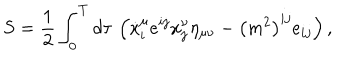
S = \frac 1 2 \int _ { 0 } ^ { T } d \tau \, \left( \dot { x } _ { i } ^ { \mu } e ^ { i j } \dot { x } _ { j } ^ { \nu } \eta _ { \mu \nu } - \left( m ^ { 2 } \right) ^ { i j } e _ { i j } \right) ,